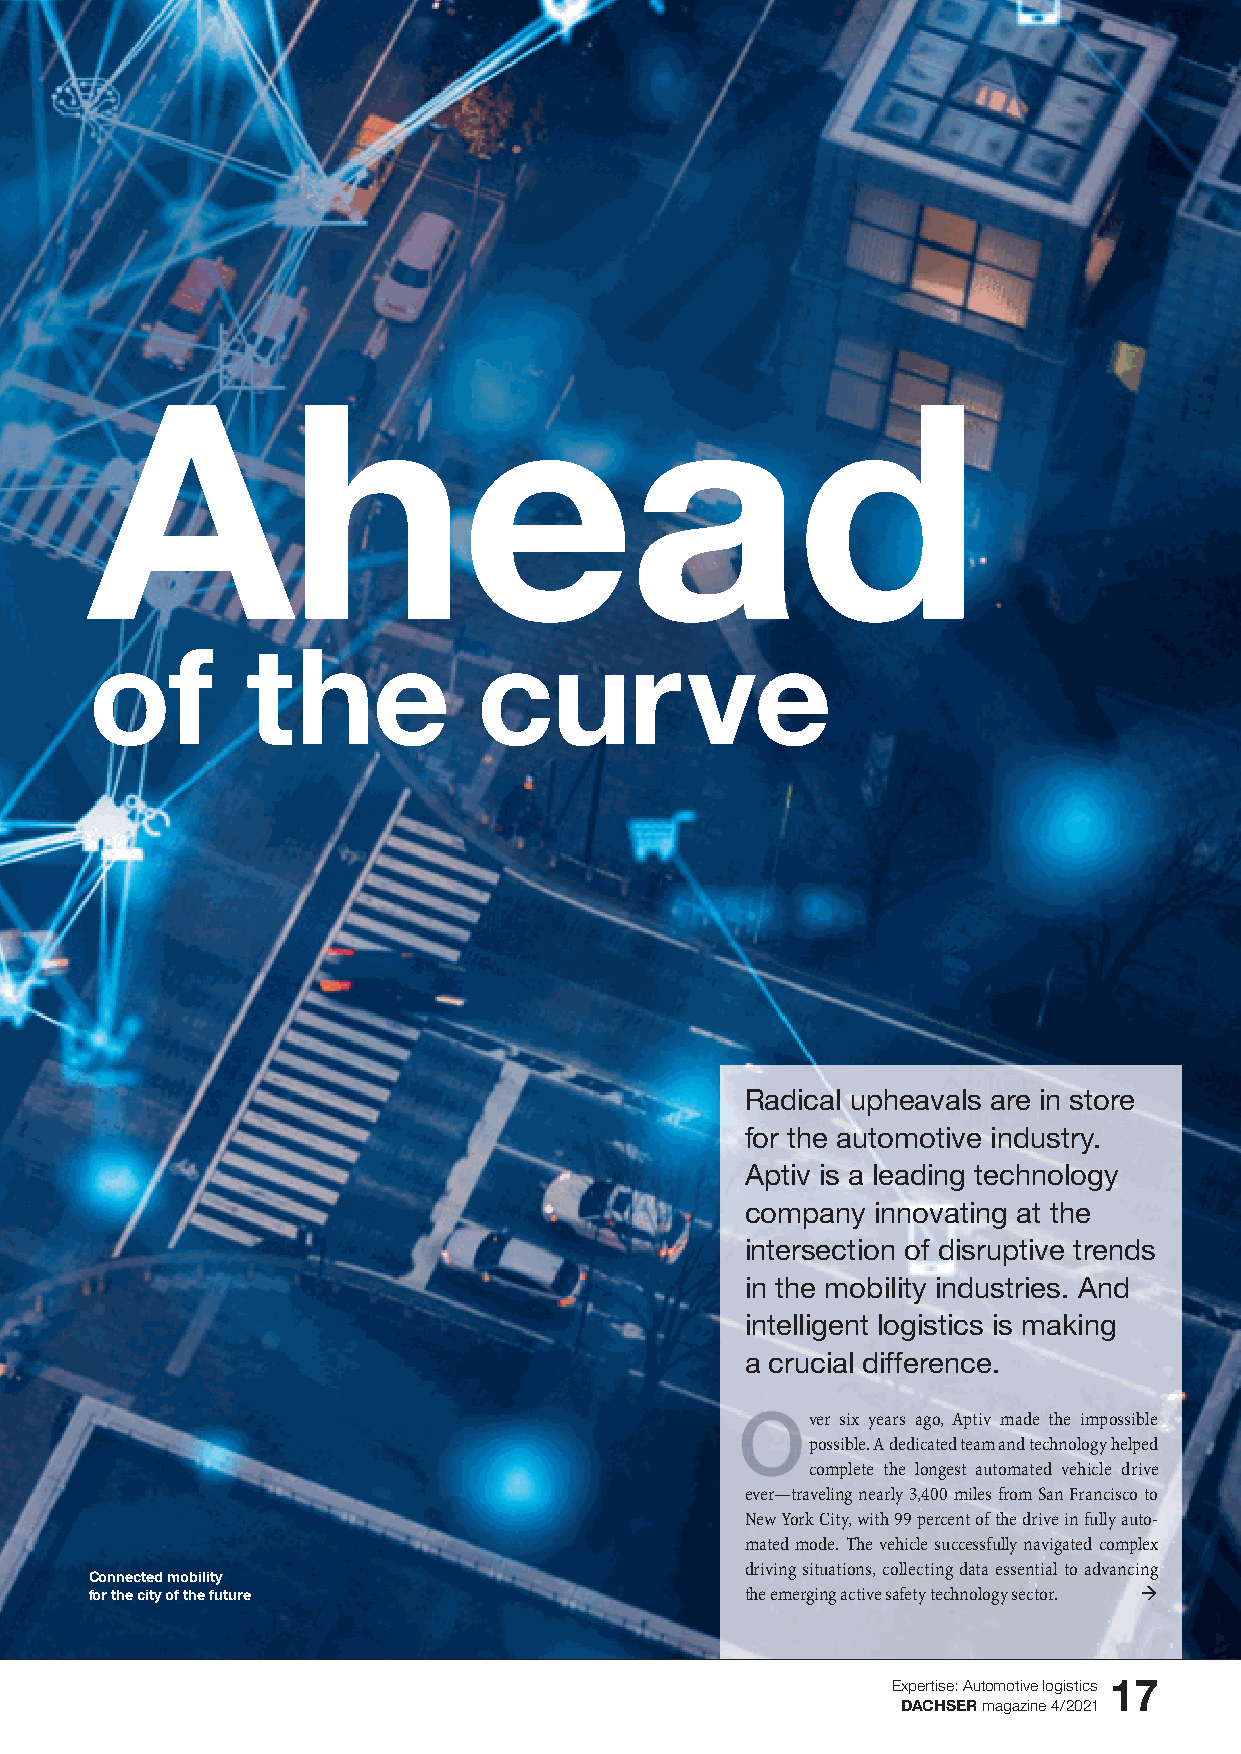
Ahead
 of        the             curve
 Radical upheavals are in store
 for the automotive industry.
 Aptiv is a leading technology
 company  innovating at the
 intersection of disruptive trends
 in the mobility industries. And
 intelligent logistics is making
 a crucial difference.
 ver six years ago, Aptiv made the impossible
 possible. A dedicated team and technology helped
 complete the longest automated vehicle drive
 ever—traveling nearly 3,400 miles from San Francisco to
 New York City, with 99 percent of the drive in fully auto -
 mated mode. The vehicle successfully navigated complex
 driving situations, collecting data essential to advancing
 Connected mobility
 for the city of the future                 the emerging active safety technology sector. ‡
 Expertise: Automotive logistics 17
 DACHSER magazine 4/2021